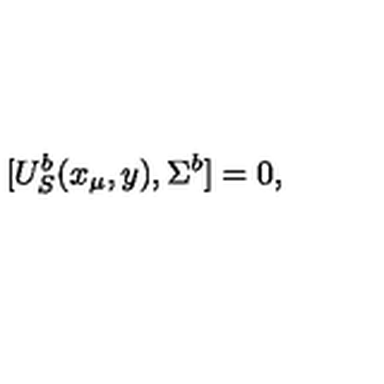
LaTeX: [ U _ { S } ^ { b } ( x _ { \mu } , y ) , \Sigma ^ { b } ] = 0 ,